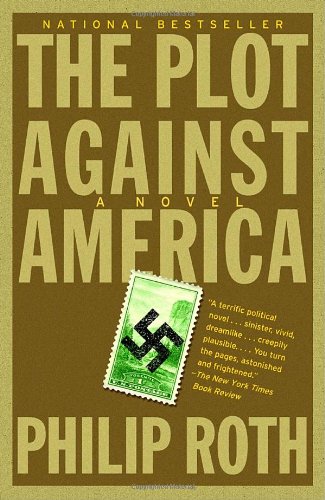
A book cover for The Plot Against America; Philip Roth; Science Fiction & Fantasy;